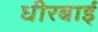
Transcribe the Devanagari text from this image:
धीरबाई